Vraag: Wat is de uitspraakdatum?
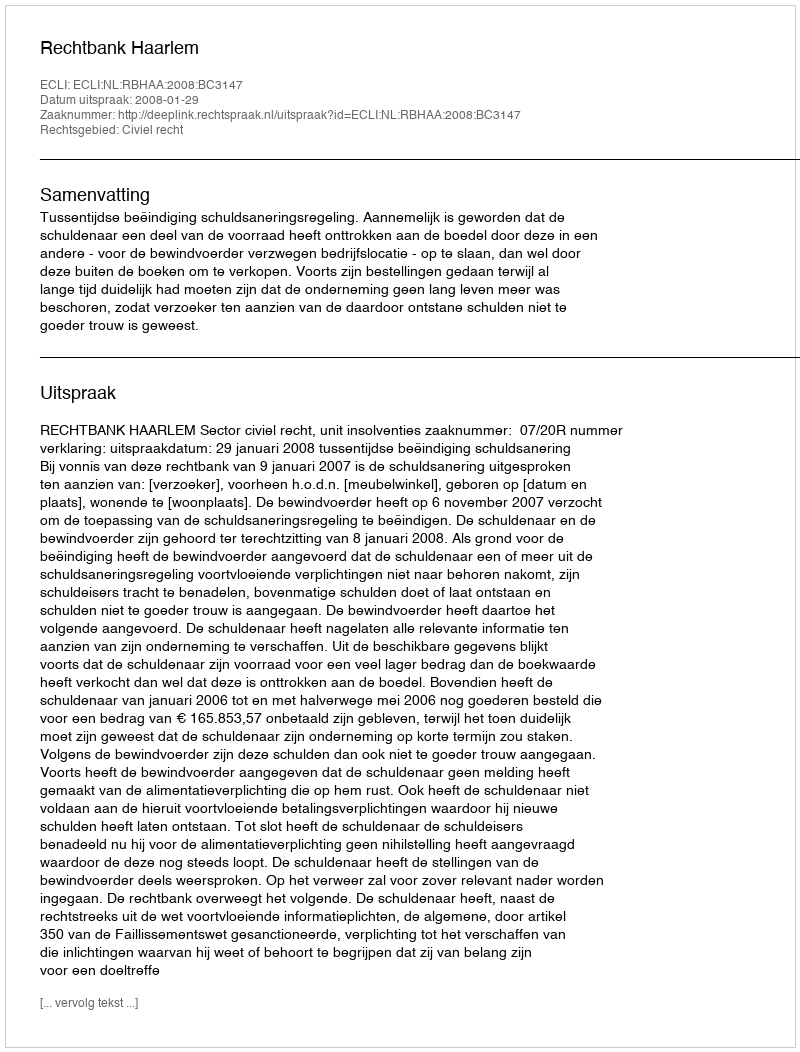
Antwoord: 2008-01-29